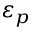
\varepsilon _ { p }